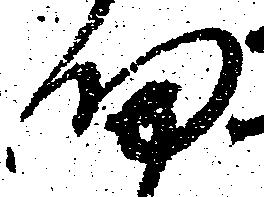
帰